DOW-UAP-D5, Mission Report, Arabian Gulf, 2020
Agency: Department of War
Incident location: Mediterranean Sea
Page 4
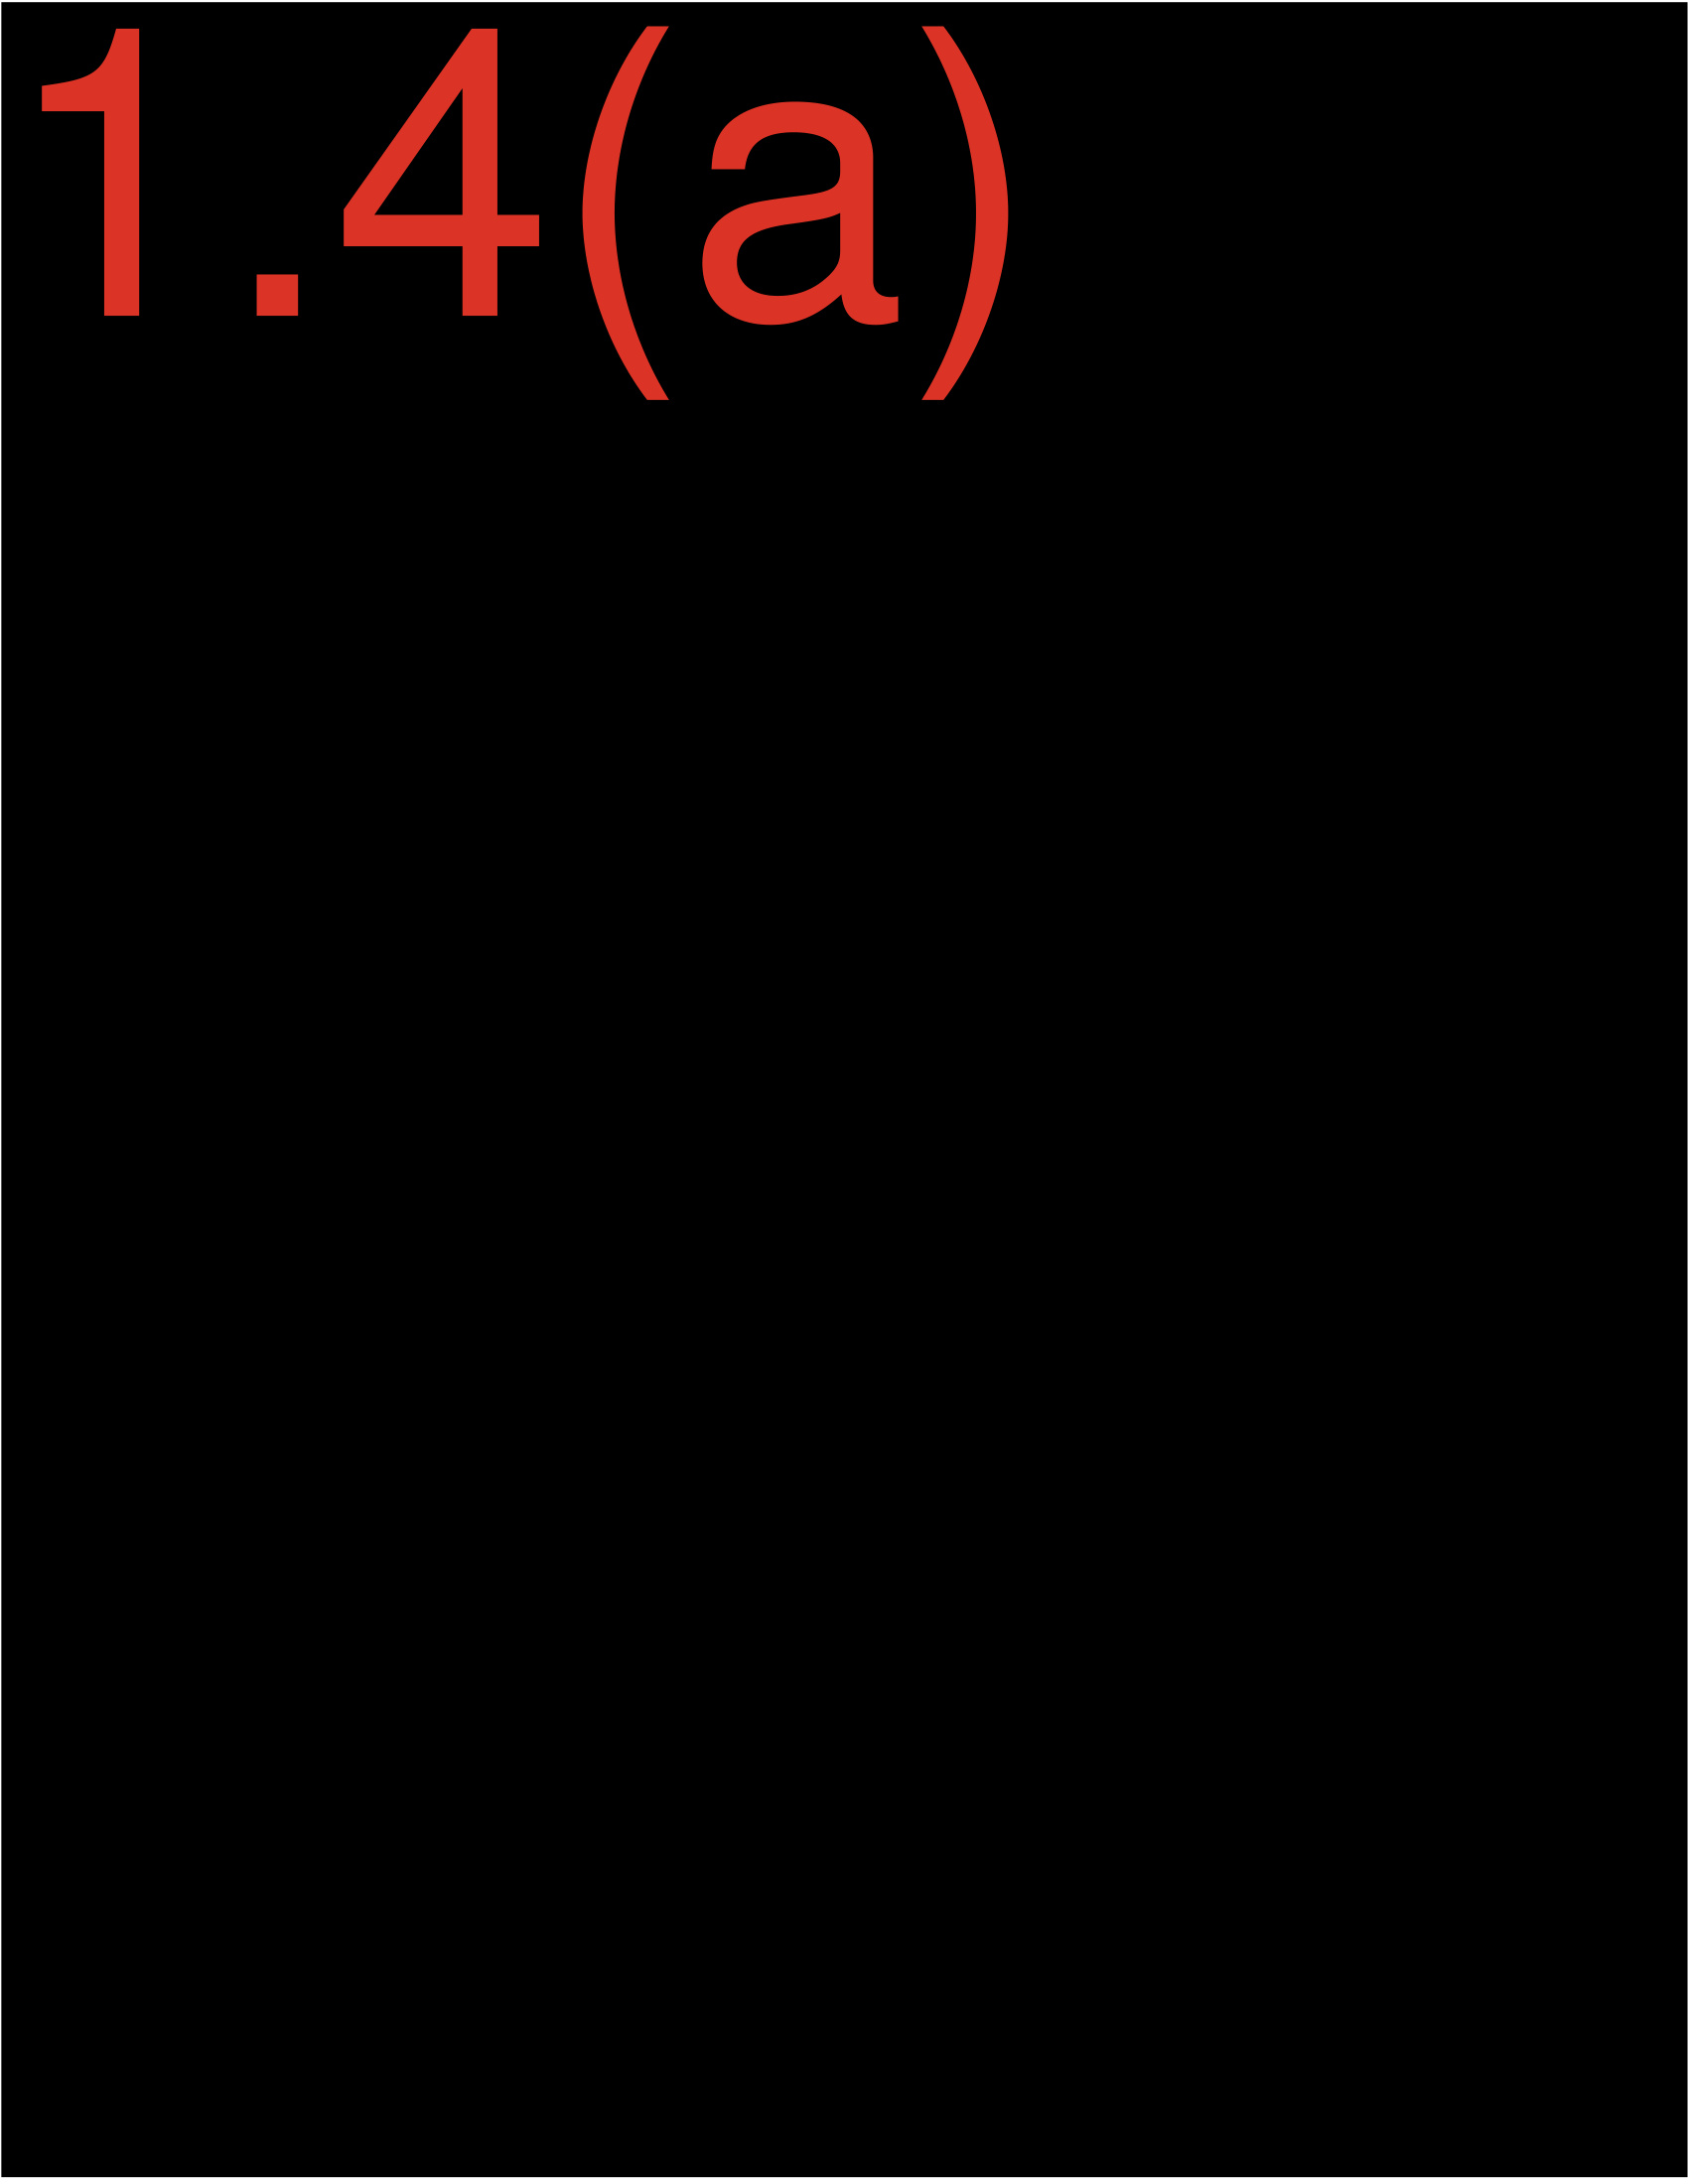